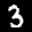
Label: 3